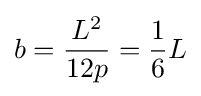
b={\frac {L^{2}}{12p}}={\frac {1}{6}}L